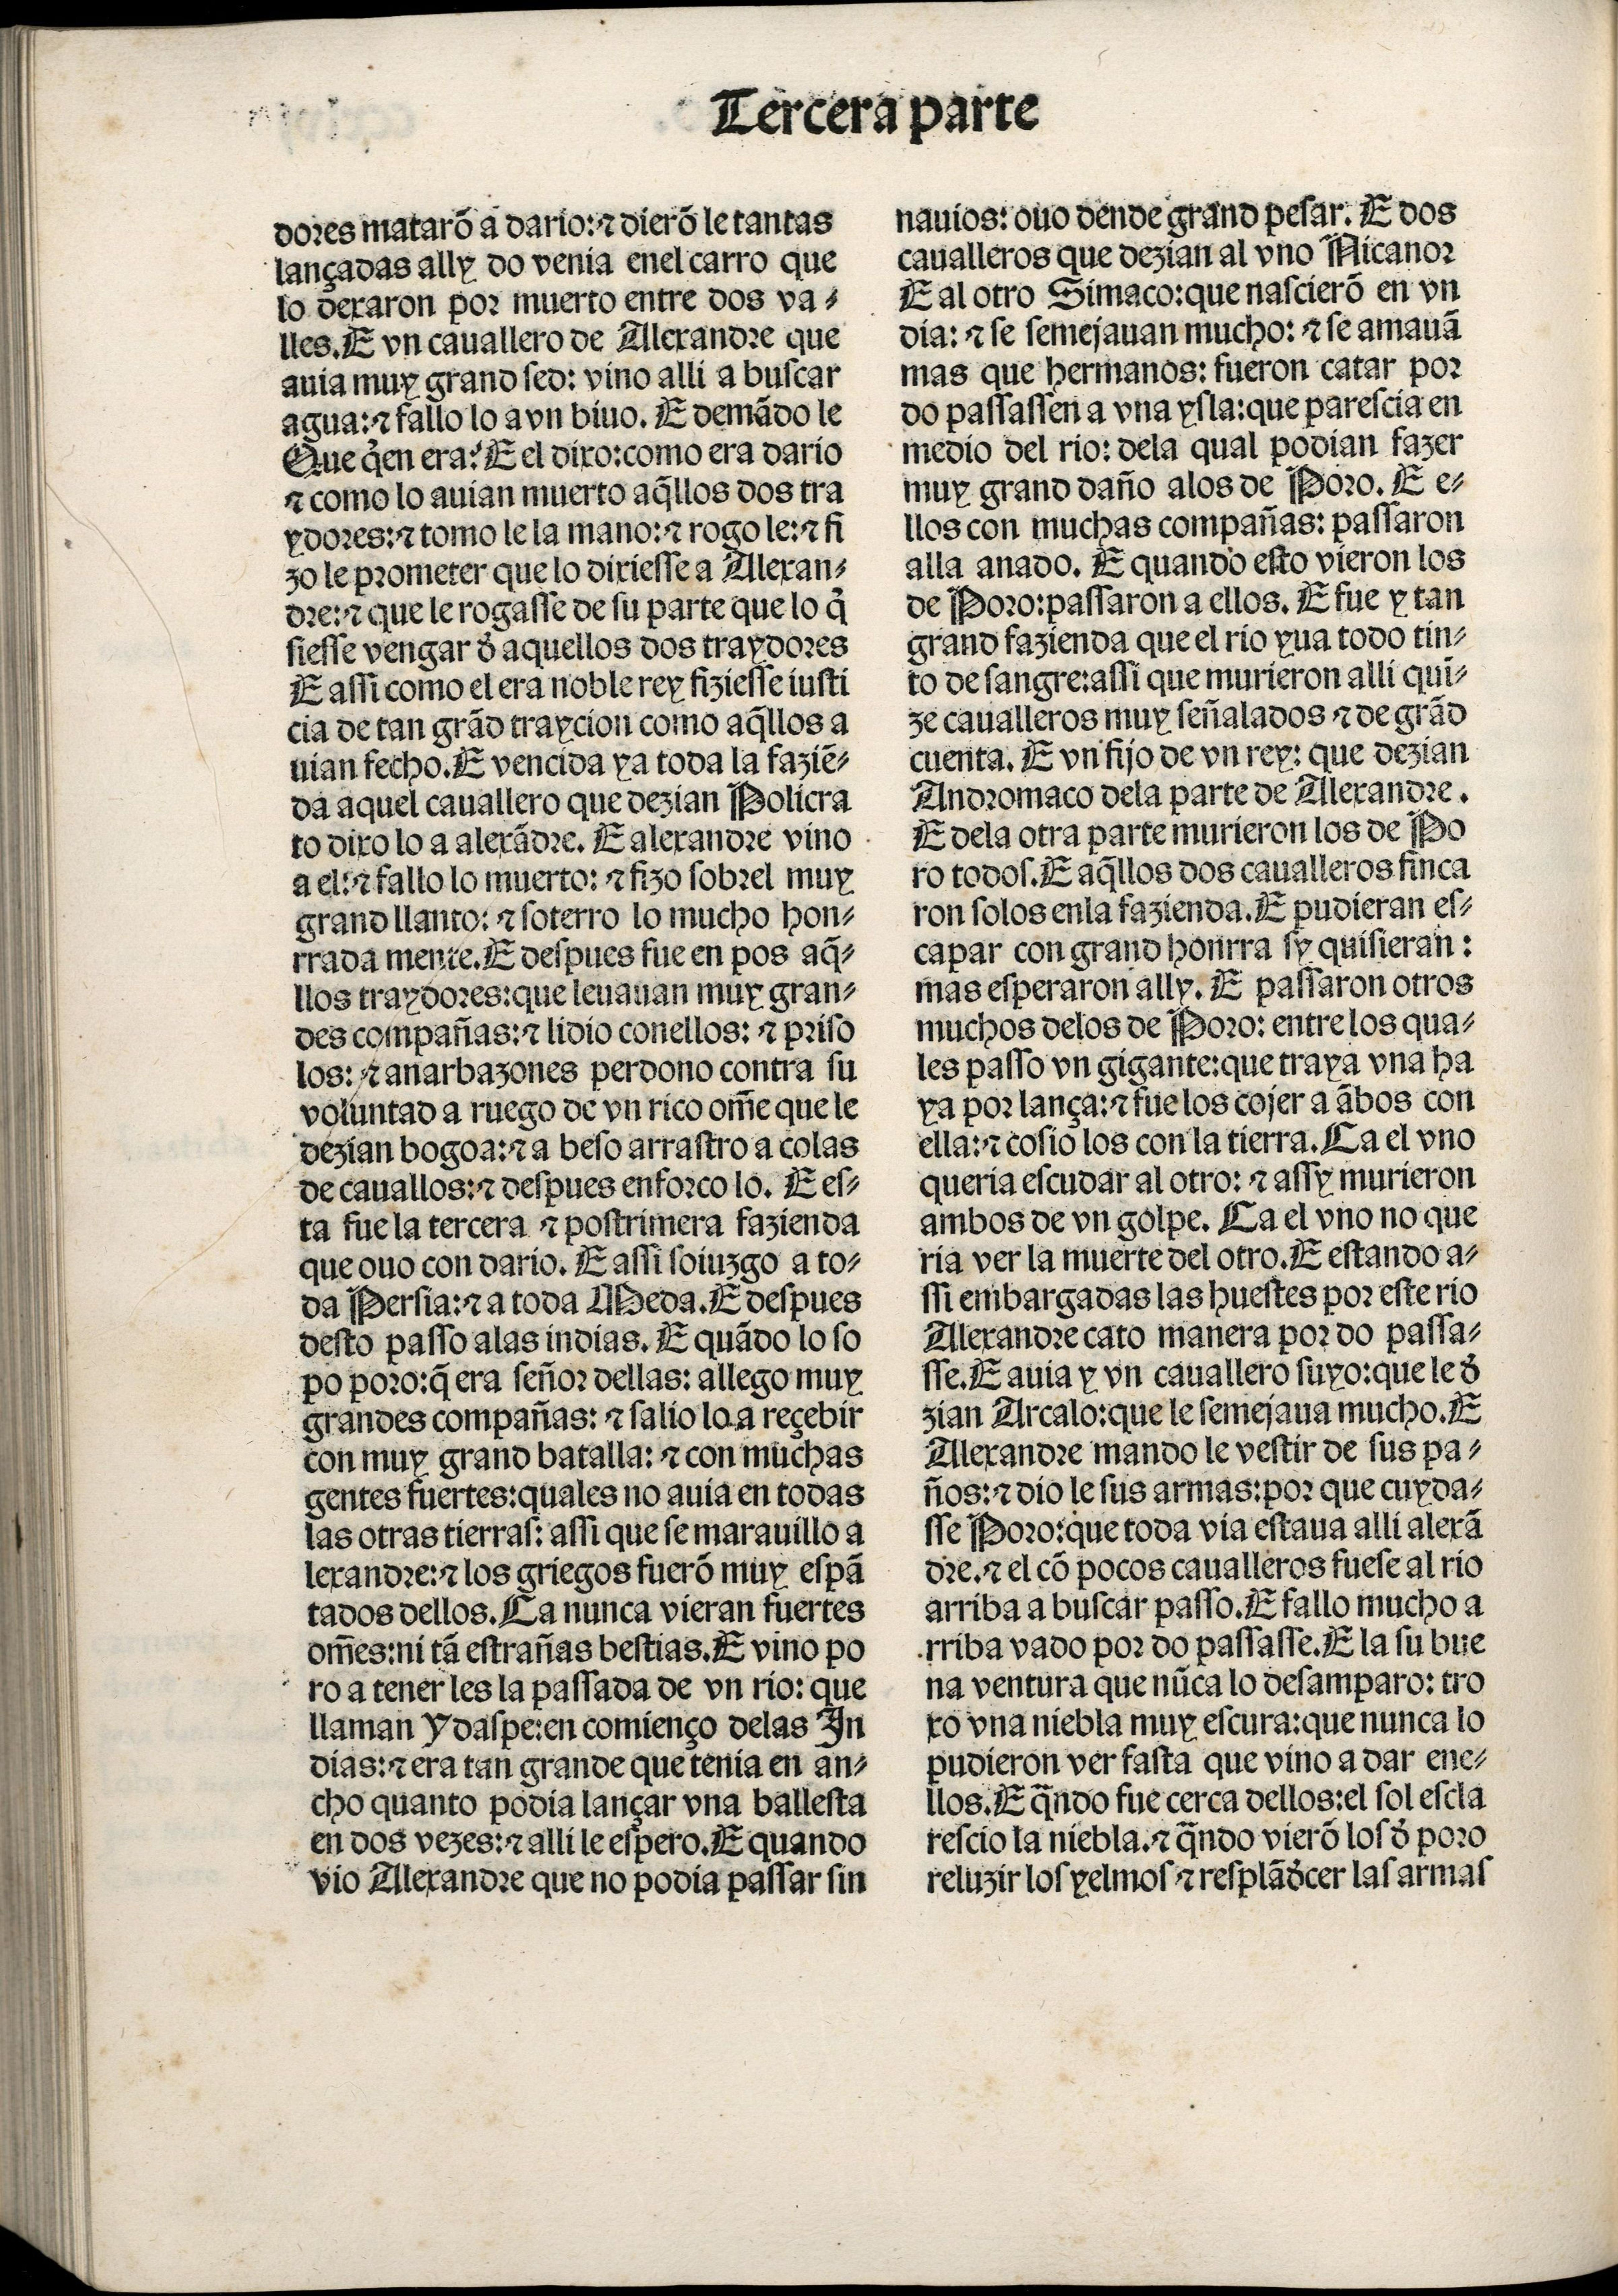
Shelfmark: Madrid, BNE, Inc. 901
Century: 15